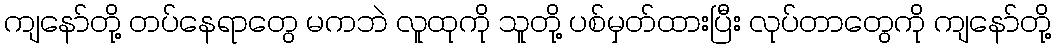
ကျနော်တို့ တပ်နေရာတွေ မကဘဲ လူထုကို သူတို့ ပစ်မှတ်ထားပြီး လုပ်တာတွေကို ကျနော်တို့